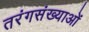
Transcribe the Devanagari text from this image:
तरंगसंख्याओं